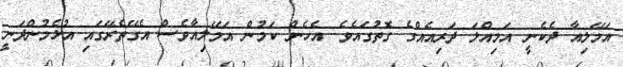
އަމޭލިއާ ދެކެނީ އަމިއްލަ ދަރިއެއްގެ ގޮތުގައެވެ. އެހެން ކަމުން އަމޭލިއާވެސް އެގޭތެރޭގައި އުޅެމުންދަނީ